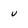
Character: v